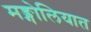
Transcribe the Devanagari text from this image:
मङ्गोलियात